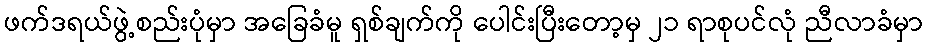
ဖက်ဒရယ်ဖွဲ့စည်းပုံမှာ အခြေခံမူ ရှစ်ချက်ကို ပေါင်းပြီးတော့မှ ၂၁ ရာစုပင်လုံ ညီလာခံမှာ